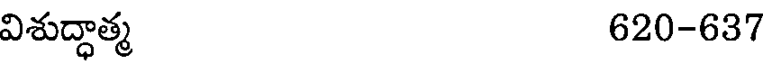
విశుద్ధాత్మ 620-637